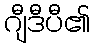
ဂျီဒီပီ၏